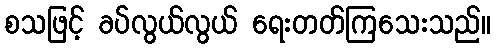
စသဖြင့် ခပ်လွယ်လွယ် ရေးတတ်ကြသေးသည်။